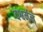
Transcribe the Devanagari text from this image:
दश्वर्मन्‌